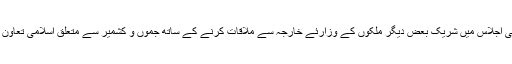
دفتر خارجہ کے بیان کے مطابق اس موقع پر شاہ محمود قریشی اجلاس میں شریک بعض دیگر ملکوں کے وزارئے خارجہ سے ملاقات کرنے کے ساتھ جموں و کشمیر سے متعلق اسلامی تعاون تنظیم کے رابطہ گروپ کے اجلاس میں بھی شریک ہوں گے۔